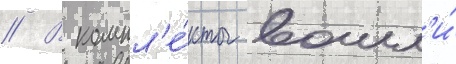
// В компл'е́кты вошл'и́